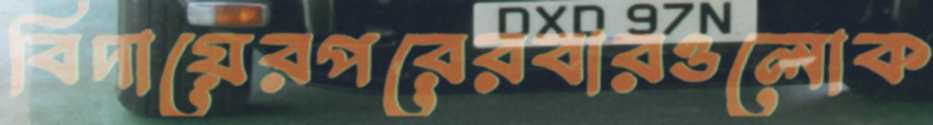
বিদায়েরপরেরবারওলোক